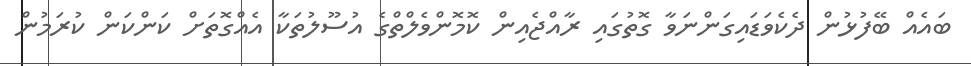
ބައެއް ބޭފުޅުން ދެކެވަޑައިގަންނަވާ ގޮތުގައި ރާއްޖެއިން ކޮމޮންވެލްތްގެ އުސޫލުތަކާ އެއްގޮތަށް ކަންކަން ކުރަމުން